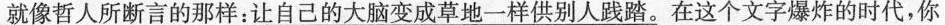
就像哲人所断言的那样：\underline{让自己的大脑变成草地-样供别人践踏}。在这个文字爆炸的时代，你